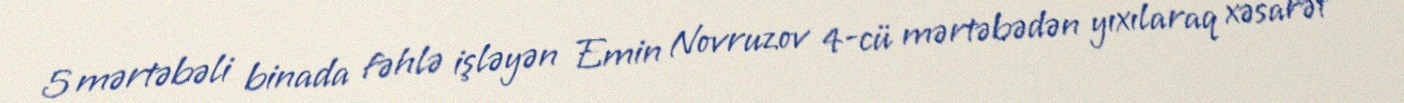
5 mərtəbəli binada fəhlə işləyən Emin Novruzov 4-cü mərtəbədən yıxılaraq xəsarət